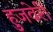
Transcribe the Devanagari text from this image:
हुजवेरी